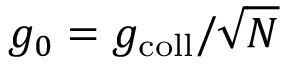
g _ { 0 } = g _ { \mathrm { c o l l } } / \sqrt { N }